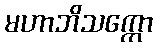
မဟာဘိသက္ကော